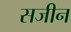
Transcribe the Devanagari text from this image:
सजीन